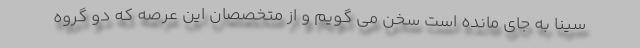
سینا به جای مانده است سخن می گویم و از متخصصان این عرصه که دو گروه